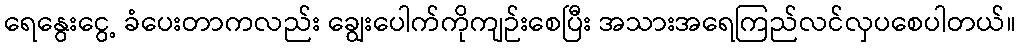
ရေနွေးငွေ့ ခံပေးတာကလည်း ချွေးပေါက်ကိုကျဉ်းစေပြီး အသားအရေကြည်လင်လှပစေပါတယ်။